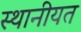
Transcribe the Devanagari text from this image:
स्थानीयत